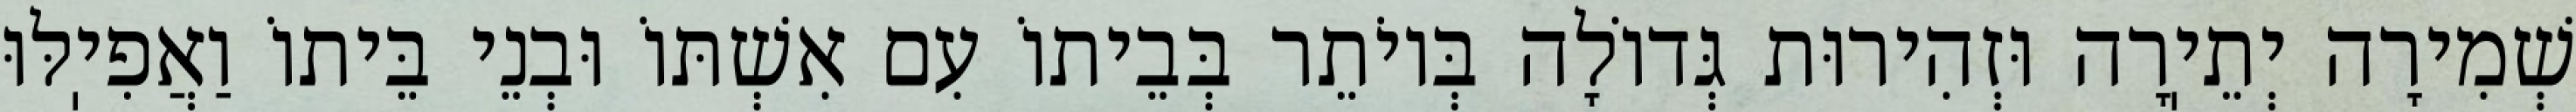
שְׁמִירָה יְתֵיֽרָה וּזְהִירוּת גְּדוֹלָה בְּיוֹתֵר בְּבֵיתוֹ עִם אִשְׁתּוֹ וּבְנֵי בֵּיתוֹ וַאֲפִיֽלּוּ